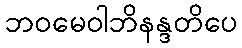
ဘဝမေဝါဘိနန္ဒတိပေ